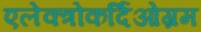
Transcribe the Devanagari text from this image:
एलेक्त्रोकर्दिओग्रम